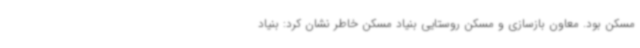
مسکن بود. معاون بازسازی و مسکن روستایی بنیاد مسکن خاطر نشان کرد: بنیاد